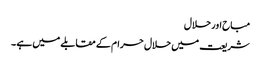
مباح اور حلال
شریعت میں حلال حرام کے مقابلے میں ہے ۔